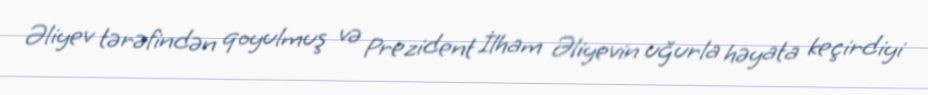
Əliyev tərəfindən qoyulmuş və Prezident İlham Əliyevin uğurla həyata keçirdiyi